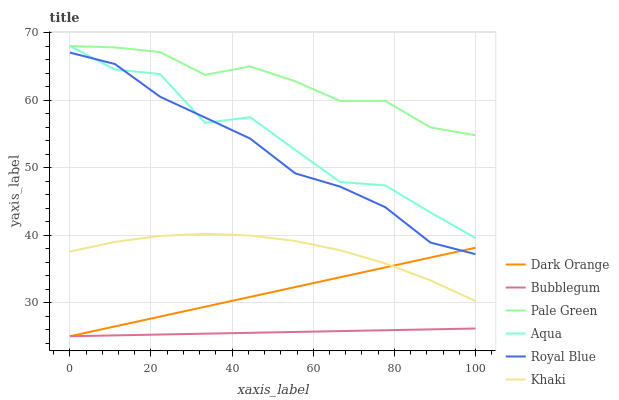
| xaxis_label | Dark Orange | Bubblegum | Pale Green | Aqua | Royal Blue | Khaki |
 | --- | --- | --- | --- | --- | --- | --- |
 | 0 | 25 | 25 | 68 | 68 | 67 | 37.5 |
 | 11.1 | 26.5 | 25.1 | 67.8 | 64.5 | 65.3 | 39 |
 | 22.2 | 27.9 | 25.3 | 67.1 | 63.8 | 60.5 | 39.9 |
 | 33.3 | 29.4 | 25.4 | 63.7 | 56.6 | 57.4 | 40.2 |
 | 44.4 | 30.8 | 25.5 | 65 | 57.5 | 54.3 | 39.9 |
 | 55.6 | 32.3 | 25.6 | 62.8 | 52.6 | 49.1 | 39.1 |
 | 66.7 | 33.7 | 25.8 | 59.9 | 47.8 | 47.2 | 37.7 |
 | 77.8 | 35.2 | 25.9 | 59.9 | 47.3 | 44.1 | 35.8 |
 | 88.9 | 36.7 | 26 | 55.9 | 43.3 | 38.9 | 33.3 |
 | 100 | 38.1 | 26.1 | 54.8 | 39.6 | 37.2 | 30.2 |